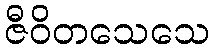
ဇီဝိတသေသေ